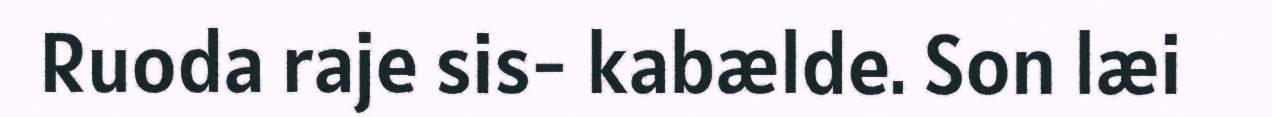
Ruoda raje sis- kabælde. Son læi